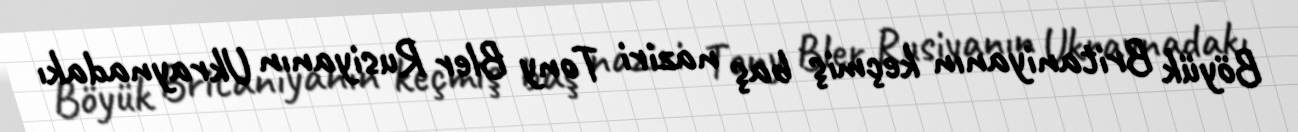
Böyük Britaniyanın keçmiş baş naziri Tony Bler Rusiyanın Ukraynadakı